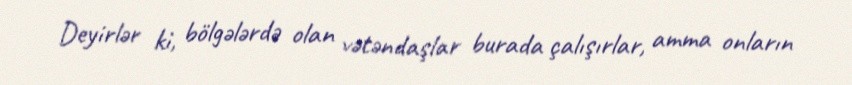
Deyirlər ki, bölgələrdə olan vətəndaşlar burada çalışırlar, amma onların